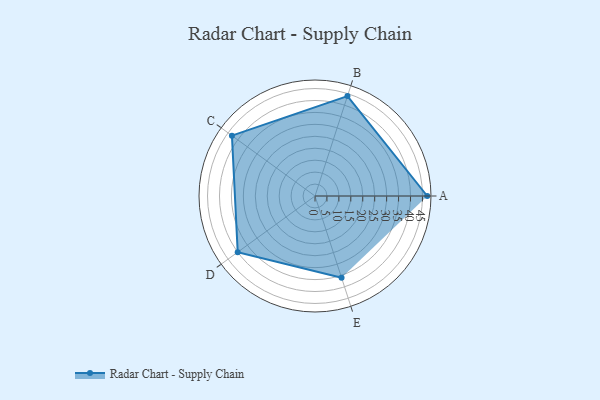
{"axis": {"x": "Skill", "y": "Score"}, "legend": ["Profile"], "data": [{"x": "A", "y": 47.0, "type": "Profile"}, {"x": "B", "y": 44.0, "type": "Profile"}, {"x": "C", "y": 43.0, "type": "Profile"}, {"x": "D", "y": 40.0, "type": "Profile"}, {"x": "E", "y": 36.0, "type": "Profile"}]}